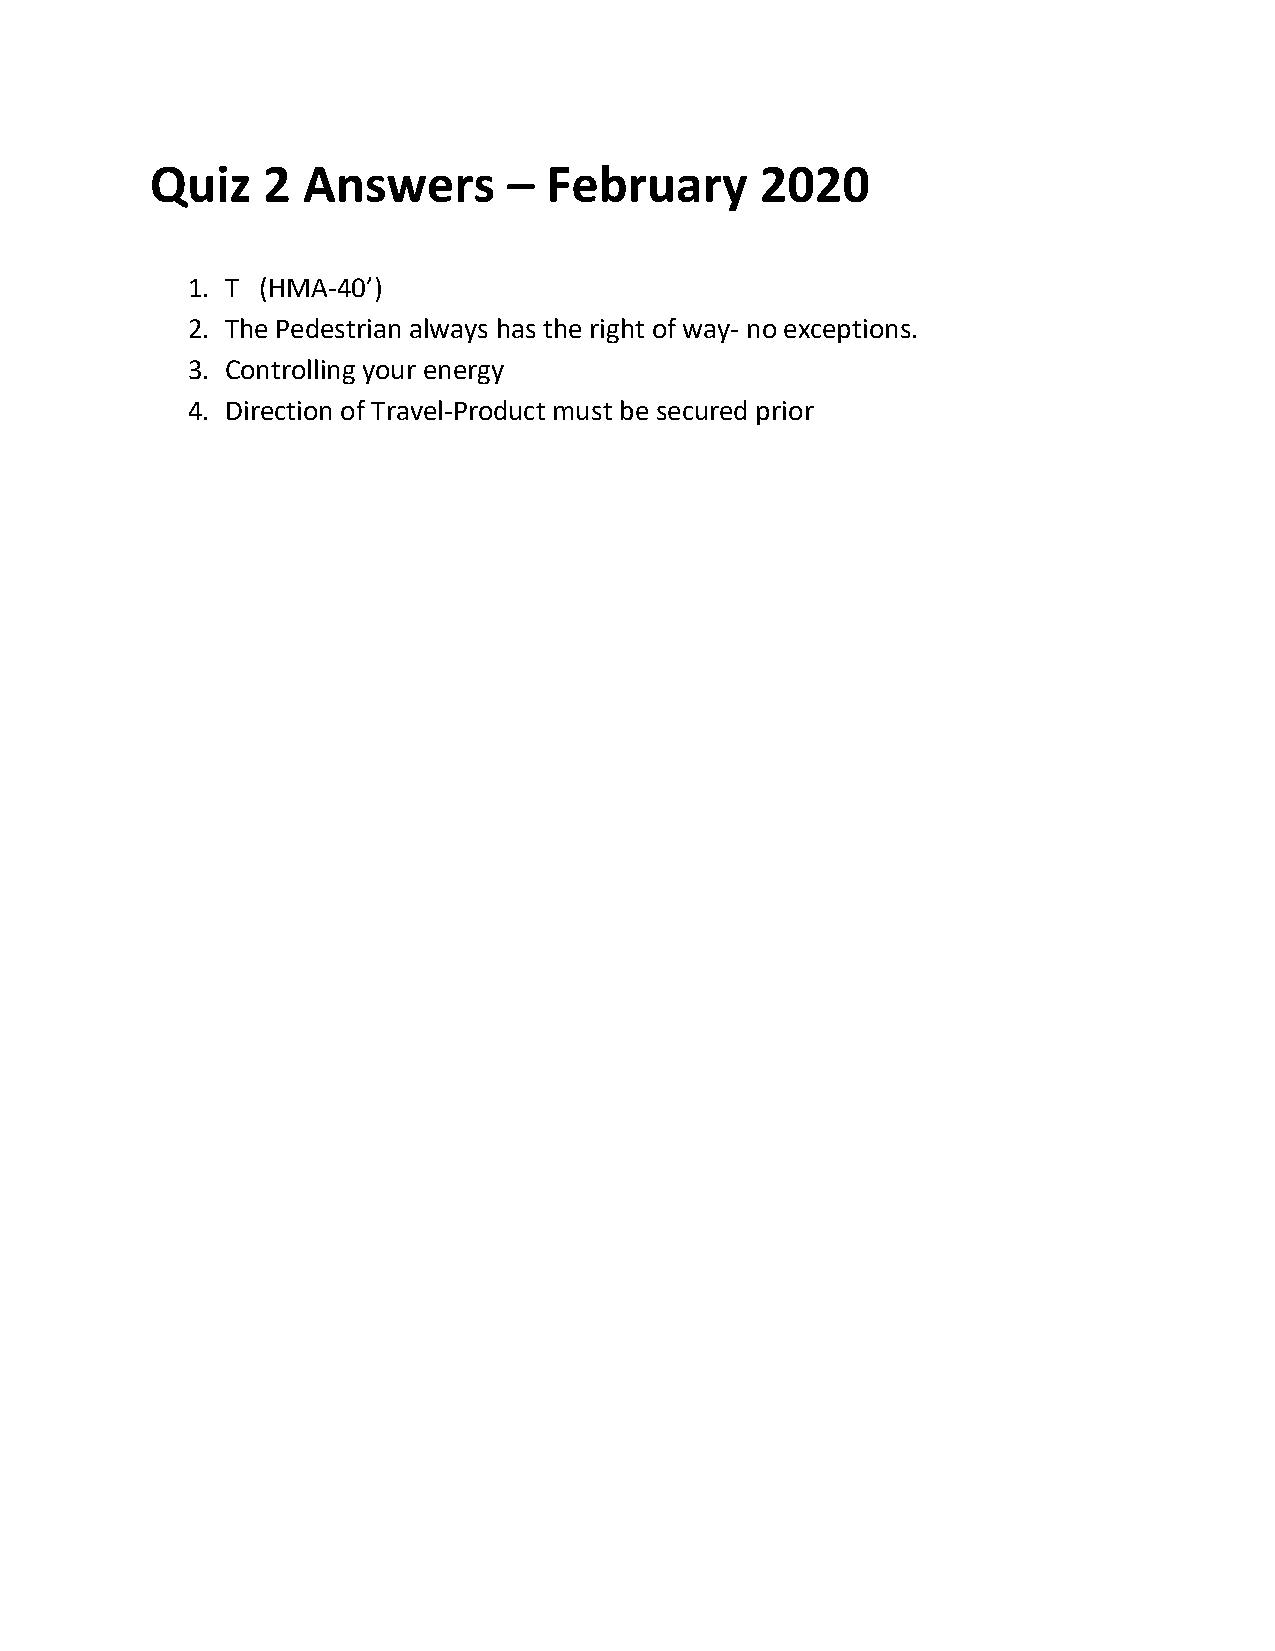
Quiz   2  Answers       – February      2020
 1. T (HMA-40’)
 2. The Pedestrian always has the right of way- no exceptions.
 3. Controlling your energy
 4. Direction of Travel-Product must be secured prior